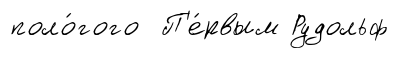
поло́гого П'е́рвым Рудольф